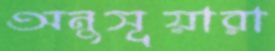
অনুসূয়ারা